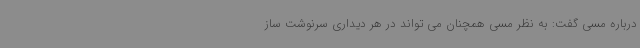
درباره مسی گفت: به نظر مسی همچنان می تواند در هر دیداری سرنوشت ساز